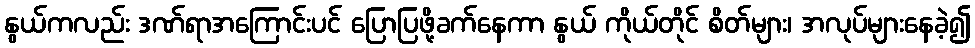
နွယ်ကလည်း ဒဏ်ရာအကြောင်းပင် ပြောပြဖို့ခက်နေကာ နွယ် ကိုယ်တိုင် စိတ်များ၊ အလုပ်များနေခဲ့၍